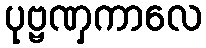
ပုဗ္ဗဏှကာလေ